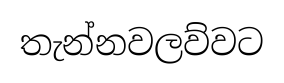
තැන්නවලව්වට